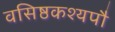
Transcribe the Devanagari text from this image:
वसिष्ठकश्यपौ